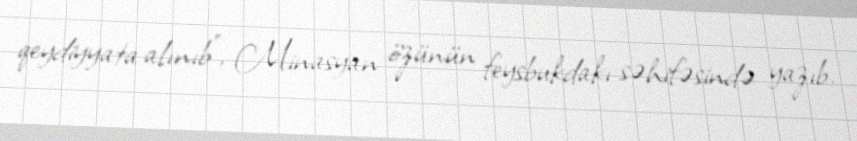
qeydiyyata alınıb", Minasyan özünün feysbukdakı səhifəsində yazıb.